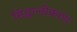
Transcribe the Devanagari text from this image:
सिद्धान्तीकरण